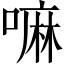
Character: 嘛